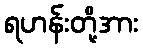
ရဟန်းတို့အား